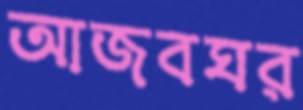
আজবঘর